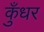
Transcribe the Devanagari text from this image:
कुँधर